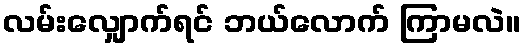
လမ်းလျှောက်ရင် ဘယ်လောက် ကြာမလဲ။